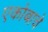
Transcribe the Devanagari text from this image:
एकोबाचे